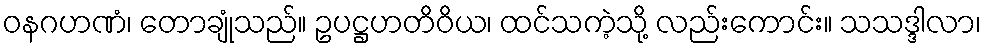
ဝနဂဟဏံ၊ တောချုံသည်။ ဥပဋ္ဌဟတိဝိယ၊ ထင်သကဲ့သို့ လည်းကောင်း။ သသဒ္ဒါလာ၊